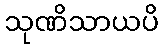
သုဏိသာယပိ